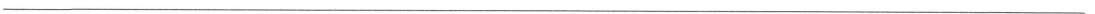
___